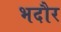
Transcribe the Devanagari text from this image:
भदौर